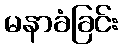
မနာခံခြင်း